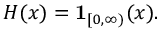
H ( x ) = \mathbf { 1 } _ { [ 0 , \infty ) } ( x ) .